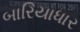
બારિયાધાર